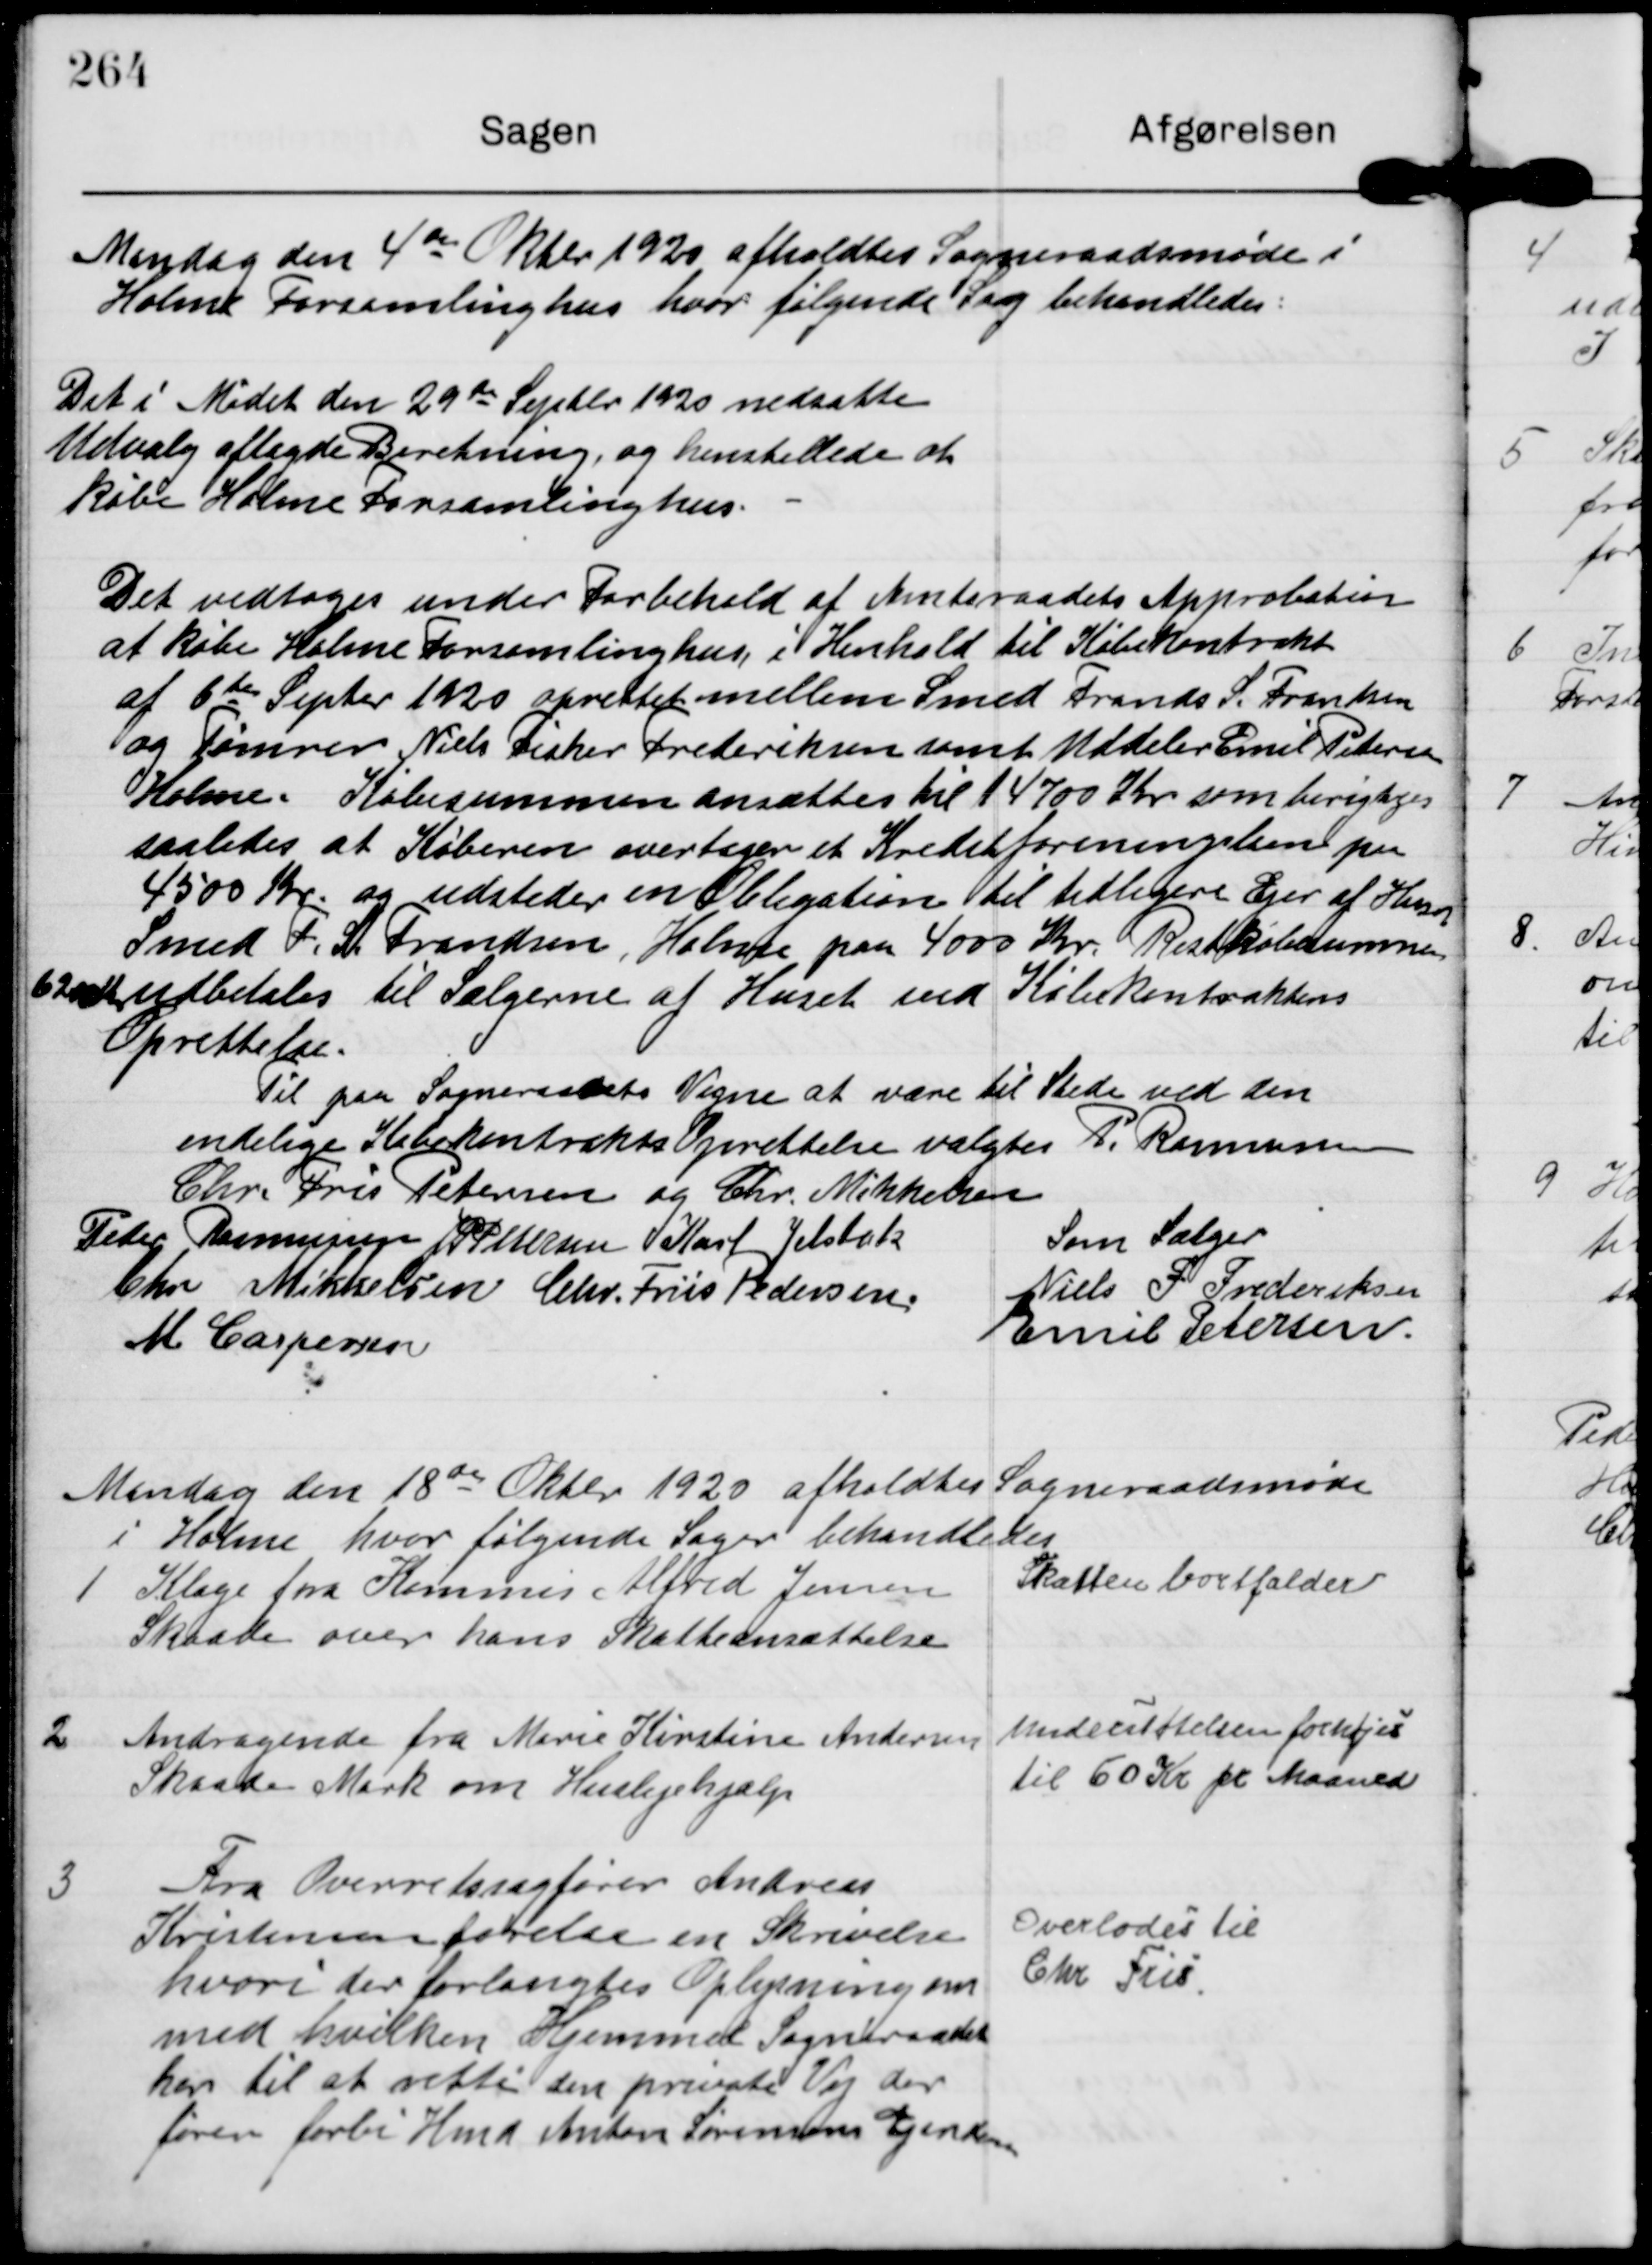
Transskription:
Mandag den 4de Oktbr 1920 afholdtes Sogneraadsmøde i
Holme Forsamlinghus hvor følgende Sag behandledes.

Det i Mødet den 29de Septbr 1920 nedsatte
Udvalg aflagde Beretning og henstillede at
købe Holme Forsamlinghus

Det vedtoges under Forbeheld af Amtsraadets Approbation
at købe Holme Forsamlinghus, i Henhold til Købekontrakt
af 6de Septbr 1920 oprettet mellem Smed Frands S. Frandsen
og Tømrer Niels Fisker Frederiksen samt Uddeler Emil Pedersen
Holme. Købesummen ansættes til 14700 Kr som berigtiges
saaledes at Køberen overtager et Kreditforeningslaan paa
4500 Kr og udsteder en Obligation til tidligere Ejer af Huset
Smed F. S. Frandsen Holme paa 4000 Kr. Restkøbesummen
6200 kr udbetales til Sælgerne af Huset ved Købekontraktens
Oprettelse.

Til paa Sogneraadets Vegne at være til Stede ved den
endelige Købekontrakts Oprettelse valgtes P. Rasmussen
Chr. Fris Petersen og Chr. Mikkelsen
Peder Rasmussen J P Pedersen Karl Jelsbak
Chr Mikkelsen Chr. Friis Pedersen 
M Caspersen
Som Sælger
Niels F Frederiksen
Emil Petersen

Mandag den 18de Oktbr 1920 afholdtes Sogneraadsmøde
i Holme hvor følgende Sager behandledes

1

Klage fra Kommis Alfred Jensen
Skaade over hans Skatteansættelse

Skatten bortfalder

2

Andragende fra Marie Kirstine Andersen
Skaade Mark om Huslejehjælp

Understøtelsen forhøjes
til 60 Kr pr Maaned

3

Fra Overretssagfører Andreas
Kristensen forelaa en Skrivelse
hvori der forlangtes Oplysning om
med hvilken Hjemmel Sogneraadet
har til at rette den private Vej der
fører forbi Hmd Anton Sørensens Ejendom

Overlodes til
Chr Fris